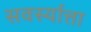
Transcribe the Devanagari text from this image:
सवर्स्यात्ता